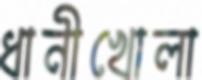
ধানীখোলা